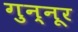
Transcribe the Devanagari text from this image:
गुन्नूर